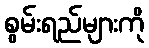
စွမ်းရည်များကို